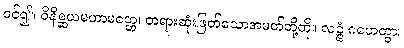
ဝင်၍။ ဝိနိစ္ဆယမဟာမတ္တေ၊ တရားဆုံးဖြတ်သောအမတ်တို့ကို။ လဉ္ဇံ ဂဟေတွာ၊